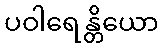
ပဝါရေန္တိယော